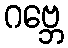
ဂဗ္ဘေ